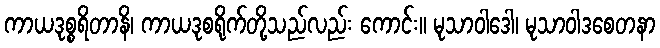
ကာယဒုစ္စရိတာနိ၊ ကာယဒုစရိုက်တို့သည်လည်း ကောင်း။ မုသာဝါဒေါ၊ မုသာဝါဒစေတနာ